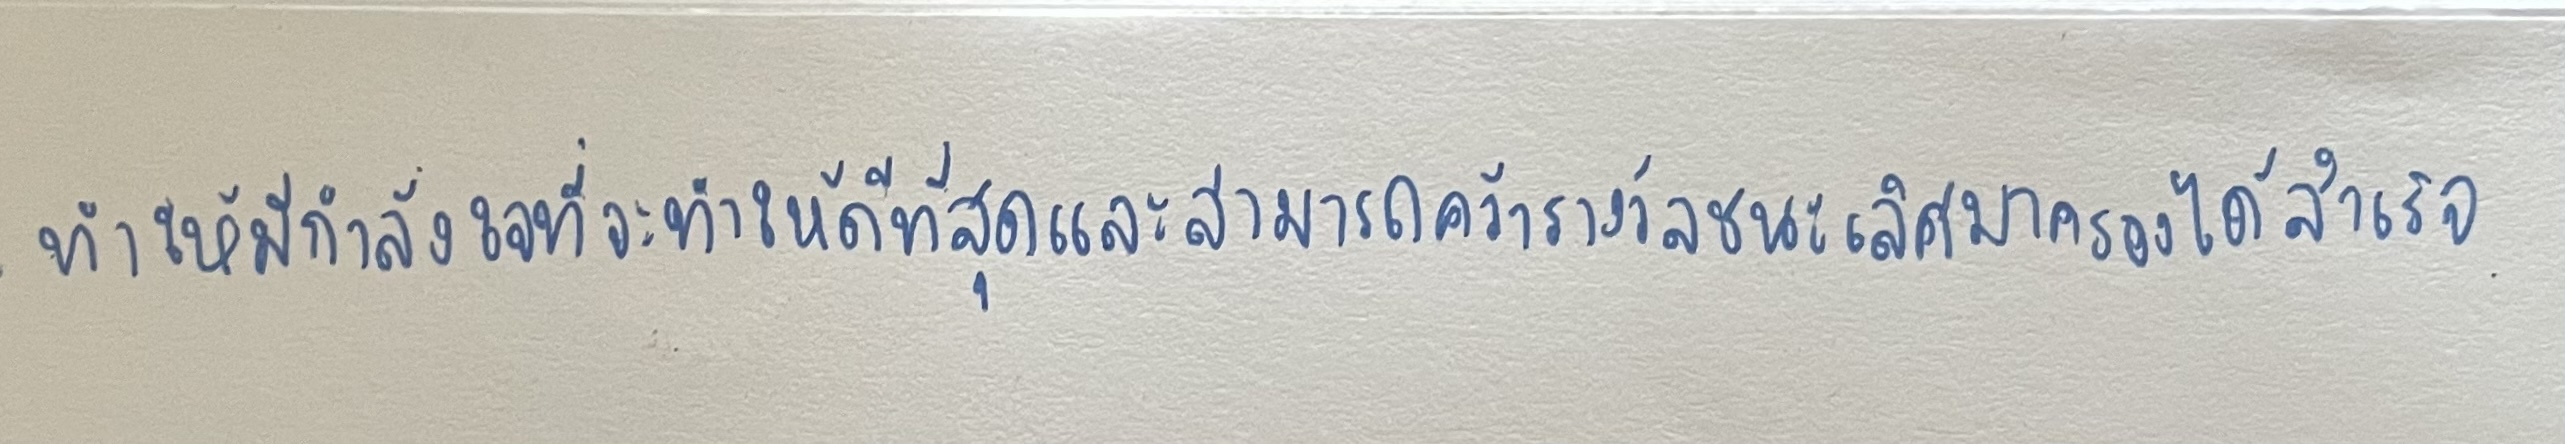
ทำให้มีกำลังใจที่จะทำให้ดีที่สุดและสามารถคว้ารางวัลชนะเลิศมาครองได้สำเร็จ